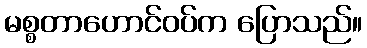
မစ္စတာဟောင်ဝပ်က ပြောသည်။